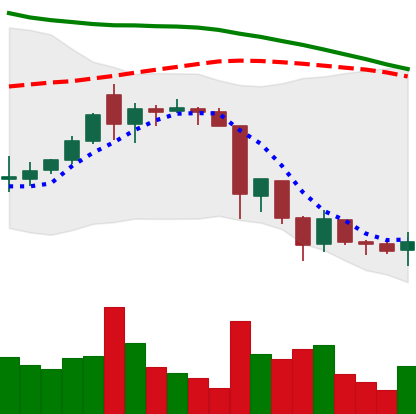
Ticker: XRP-USD
Chart end date: 2018-06-18
Forward return: -8.597%
Label: down_7plus